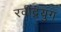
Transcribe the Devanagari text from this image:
रवींद्रयुग